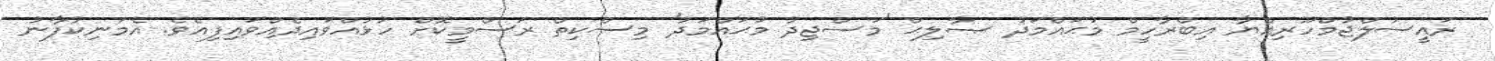
ރައީސުލްޖުމްހޫރިއްޔާ އިބްރާހީމް މުޙައްމަދު ޞާލިޙް 'މަސްޖިދު މުޙައްމަދު' މިސްކިތް ރަސްމީކޮށް ހުޅުއްވައިދެއްވައިފިއެވެ. އެމަނިކުފާނު